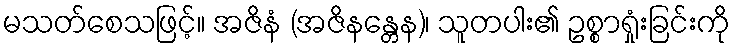
မသတ်စေသဖြင့်။ အဇိနံ (အဇိနန္တေန)၊ သူတပါး၏ ဥစ္စာရှုံးခြင်းကို